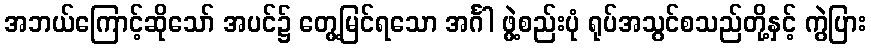
အဘယ်ကြောင့်ဆိုသော် အပင်၌ တွေ့မြင်ရသော အင်္ဂါ ဖွဲ့စည်းပုံ ရုပ်အသွင်စသည်တို့နှင့် ကွဲပြား